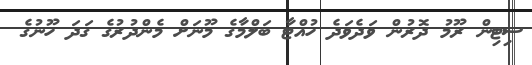
ސިޓިން ރޫމު ދޮރުން ވަދެވަދެ ހުއްޓާ ބަލްމާގެ މޫނަށް މެންދުރުގެ ގަދަ ހޫނުގެ